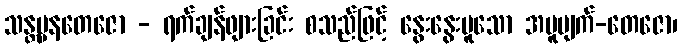
သန္တပ္ပနတေဇော - ရက်ချန်ဖျားခြင်း စသည်ဖြင့် နွေးနွေးပူသော အပူပျက်-တေဇော၊